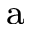
^ \mathrm { a }